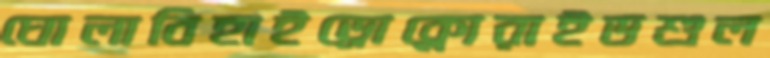
ঘোলাবিহাইড্রোক্লোরাইডশুল